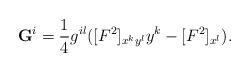
LaTeX: \begin{align*}\mathbf{G}^i=\frac{1}{4} g^{il}([F^2]_{x^k y^l}y^k - [F^2]_{x^l}).\end{align*}